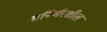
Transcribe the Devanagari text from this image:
अनिर्भरशील